Karksi_vallavalitsus, lk 96
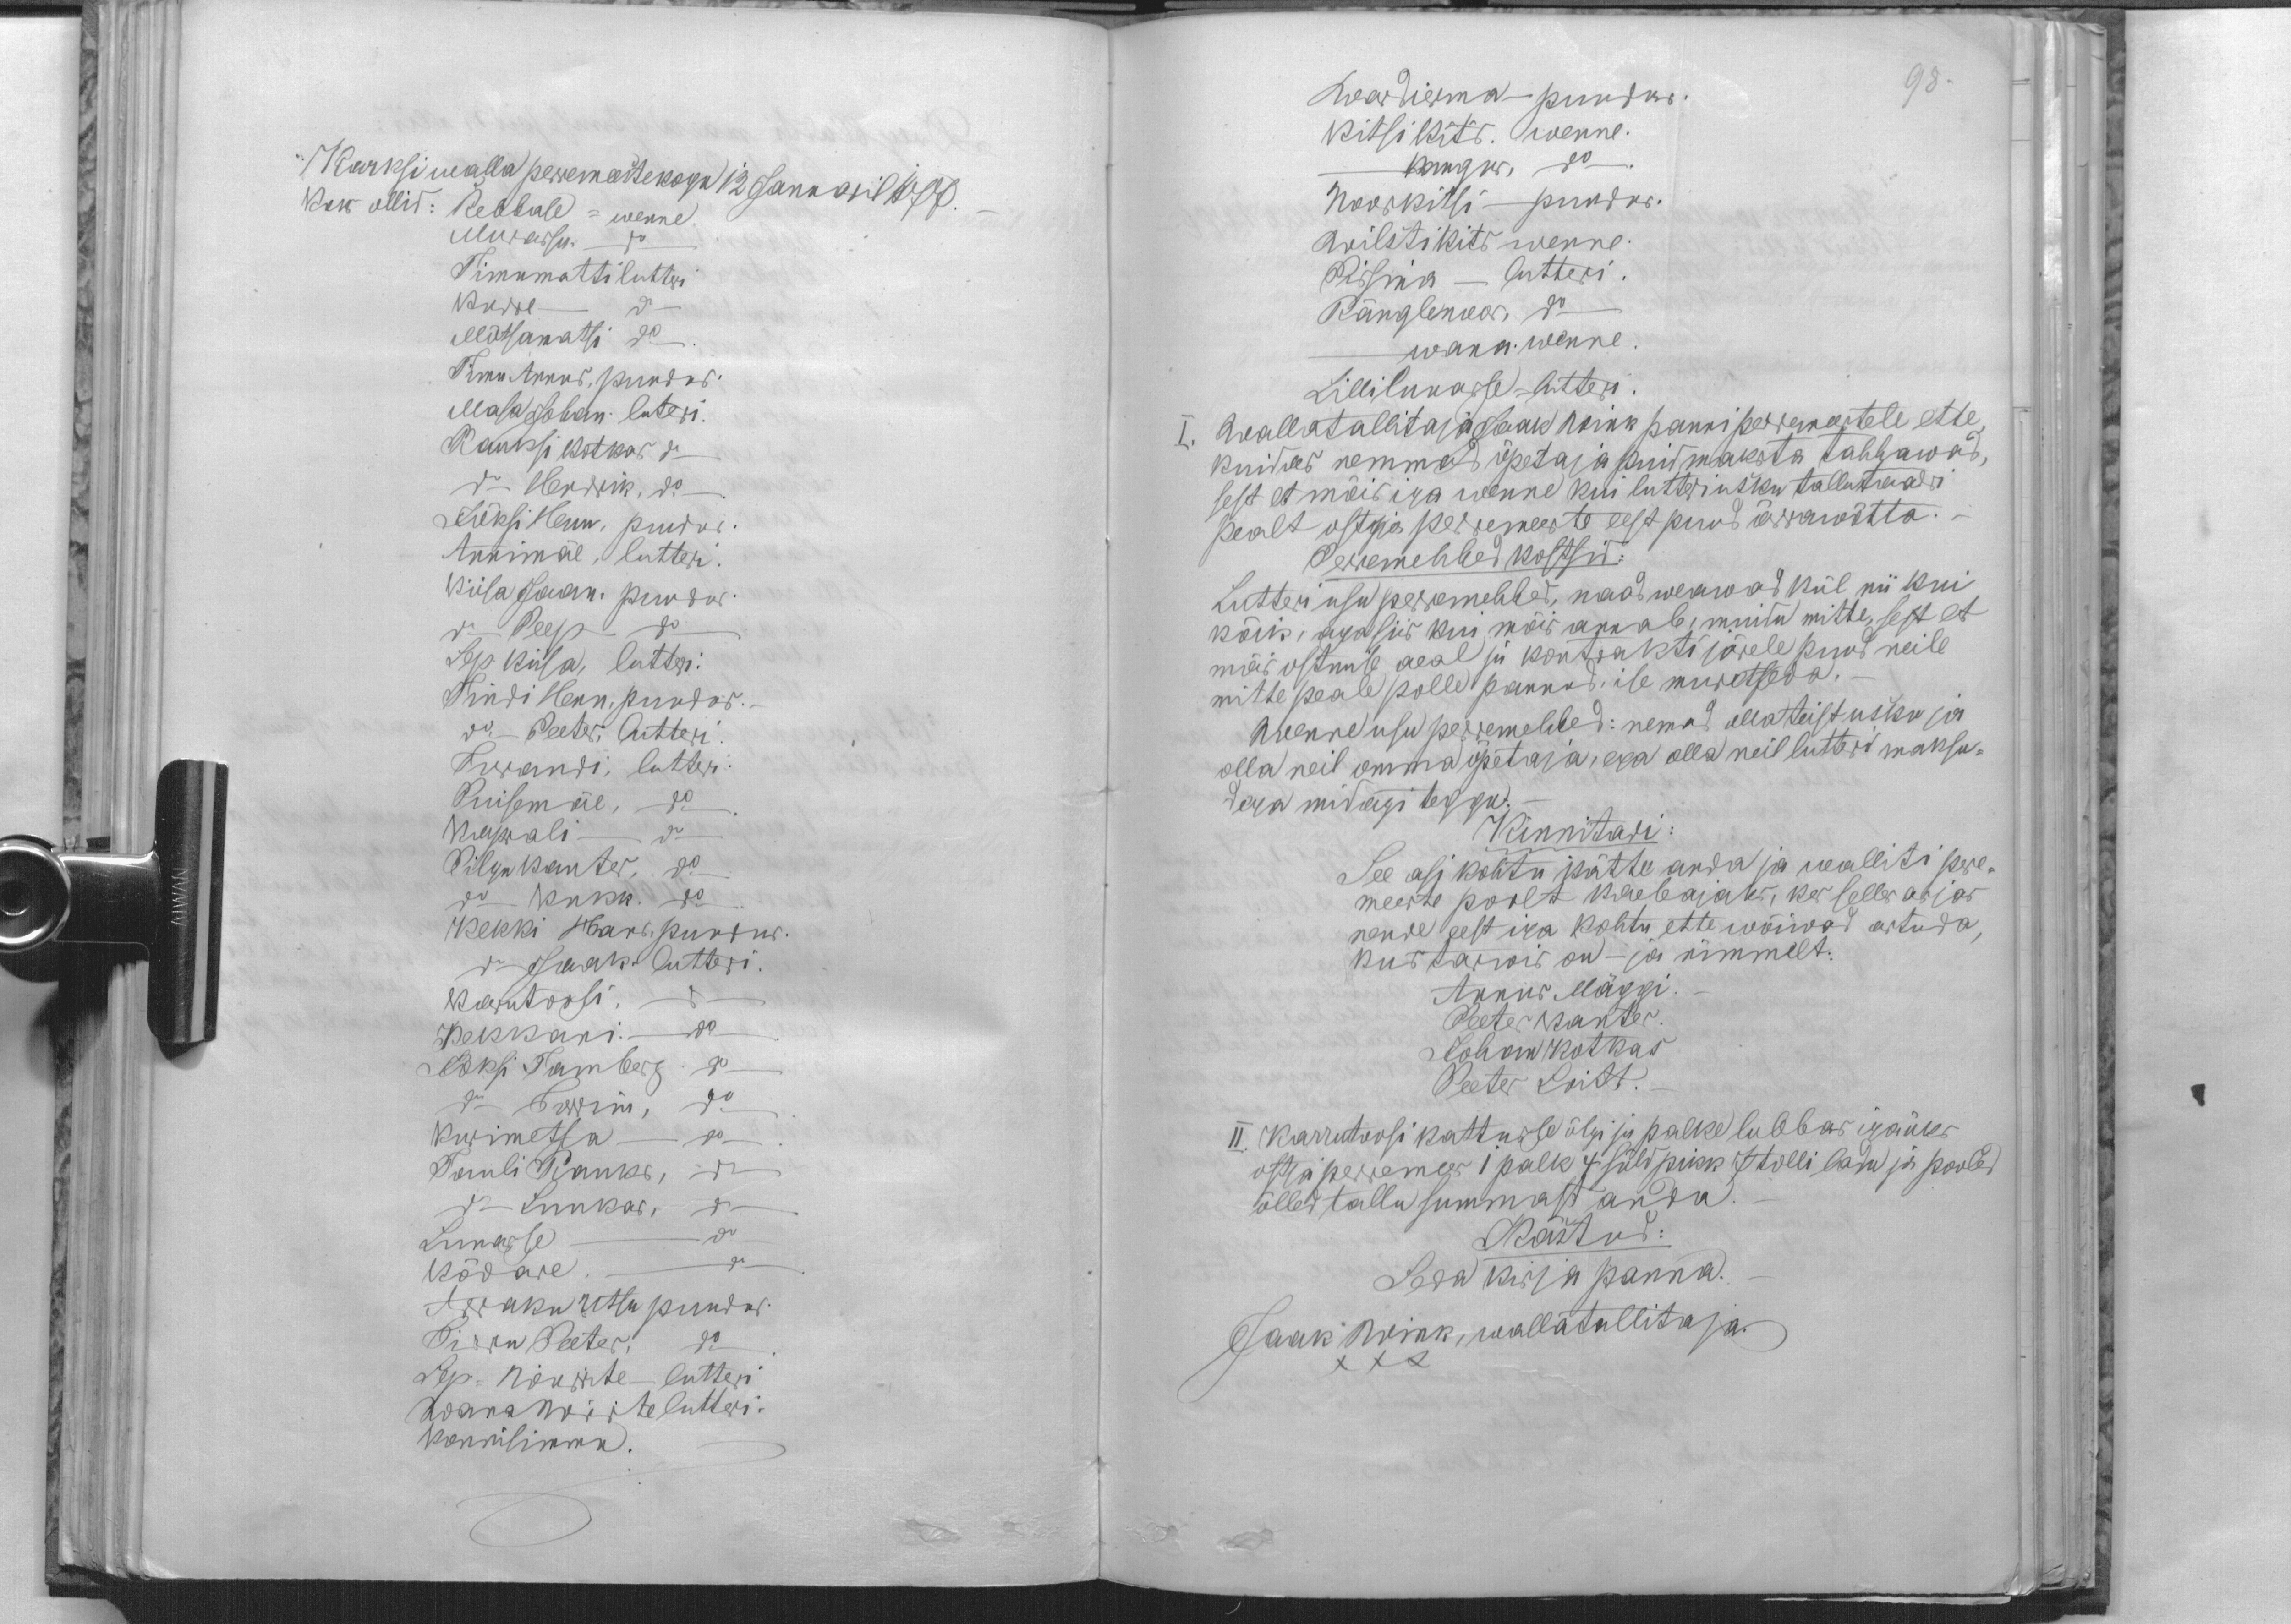
Karksi walla perremeestekogu 12 Januaril 1877.
Kous ollid: Rebbase = wenne.
Murassu. do
Timumatti luttri
Kurre do
Mõtsamatsi do
Timu Annus, puudus.
Masa Johan. luteri.
Kauksi Kotkas do
do Hendrik, do
Jõksi Henn, puudus.
Annimäe, lutteri.
Kiisa Jaan. puudus
do Peep do
Sep Kiisa, luttri.
Tindi Henn, puudus.
do Peeter, lutteri.
Irrandi, lutteri
Puisemäe, do
Kaprali do
Pilgu Kanter,
do Kukk. do
Kekki Hans, puudus.
do Jaak lutteri.
Karutoosi, do
Kekkani. do
Jõksi Tamberg. do
do Torrim, do
Kurimetsa do
Tauli Rauks, do
do Luukas, do
Lunarse, do
Kõdare
Arraku Utsu puudus.
Birrn Peeter, do
Lep=Nõurite - lutteri
WanaWiite lutteri.
Konnisimmu.

Wardirma - puudus.
98.
Kitsi Kits. wenne.
-Kangur, do
Noorkitsi - puudus.
Anilsti Kits wenne.
Pissina - lutteri.
Ränglemaa, do
-wana.wenne.
Lilliluuasse = lutteri.
I. Wallatallitaja Jaak Wink panni perremeestele ette,
kuidas nemmad õpetaja puid maksta tahhawad,
sest et mõis iga wenne kui lutteri usku tallutaalri
pealt ostja perremeeste eest puud ärrawõtta. -
Perremehhed kostsid:
Lutteri usu perremehhed, naad weawad kül nii kui
kõik, aga siis kui mõis annab, muidu mitte, sest et
mõis ostmise aeal ju kontrakti järele puud neile
mitte peale polle pannud, ise muretseda.
Wenne usu perremehhed: nemad olla teist usku ja
olla neil omma õpetaja, ega olla neil lutteri maksu-
dega midagi teggu.
Kinnitadi:
See asi kohtu kätte anda ja walliti pere-
meeste poolt kaebajaks, kes selles asjas
nende eest iga kohtu ette wõiwad astuda,
kus tarwis on - ja nimmelt:
Annus Mäggi
Peeter Kanter
Johan Kotkas
Peeter Loitt.
II. Karrutoosi kattusse õlgi ja palke lubbas igaüks
ostja perremees 1 palk 4 süld pikk 7 tolli ladu ja pooled
õlled tallu summast anda
Kästud:
Seda kirja panna.
Jaak Wink, wallatallitaja.
XXX